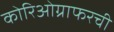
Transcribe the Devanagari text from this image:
कोरिओग्राफरची